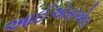
આઈએસએલ